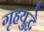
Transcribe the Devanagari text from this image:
गृहयुद्धे